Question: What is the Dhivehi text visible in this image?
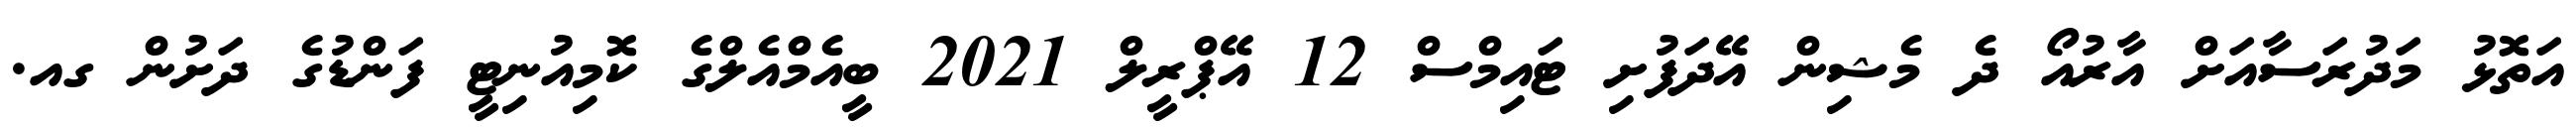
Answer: އަތޮޅު މަދުރަސާއަށް އާރުއޯ ދެ މެޝިން އޭދަފުށި ޓައިމްސް 12 އޭޕްރީލް 2021 ބީއެމްއެލްގެ ކޮމިއުނިޓީ ފަންޑުގެ ދަށުން ގއ.